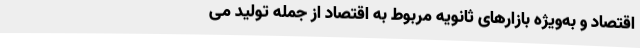
اقتصاد و به‌ویژه بازارهای ثانویه مربوط به اقتصاد از جمله تولید می